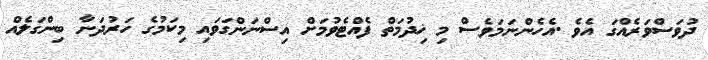
ދުވަސްވަރެއްގަ އެވެ .އެހެންނަމަވެސް މި ޚިދުމަތް ފެއްޓެވުމަށް އިސްނަންގަވައި މިކަމުގެ ހަރުދަނާ ބިންގަލެއް